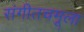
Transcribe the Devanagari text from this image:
संगीतचमूला